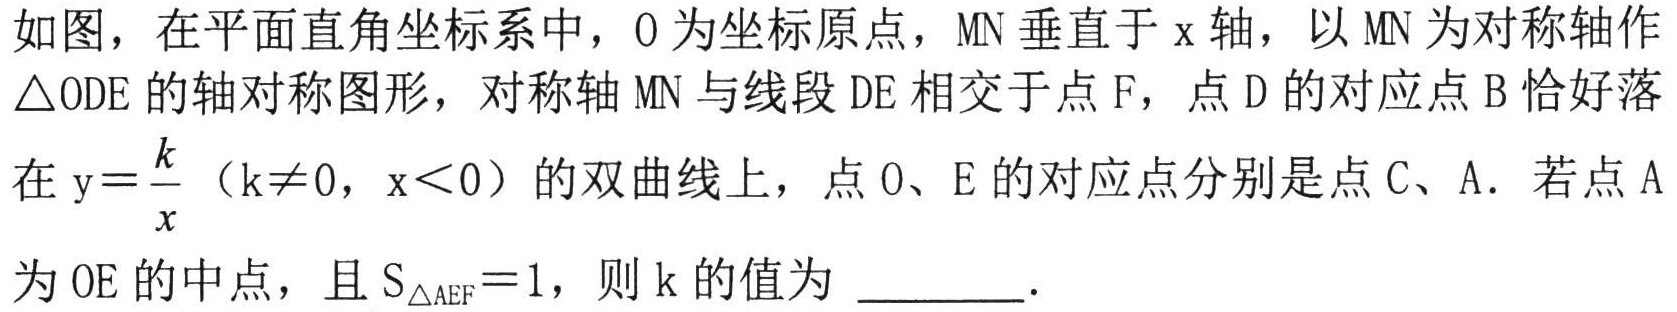
如图，在平面直角坐标系中，\(O\)为坐标原点，\(MN\)垂直于 \(x\)轴，以 \(MN\)为对称轴作
\(\triangle ODE\)的轴对称图形，对称轴 \(MN\)与线段 \(DE\)相交于点 \(F\)，点 \(D\)的对应点 \(B\)恰好落
在\(y = \frac{k}{x}\)（\(k\neq0\)，\(x\lt0\)）的双曲线上，点 \(O\)、\(E\)的对应点分别是点 \(C\)、\(A\). 若点 \(A\)
为 \(OE\)的中点，且 \(S_{\triangle AEF}=1\)，则 \(k\)的值为 \_\_\_\_\_.